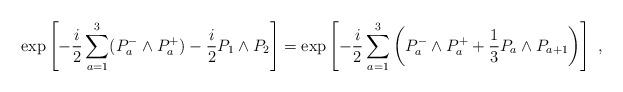
LaTeX: \begin{align*}\exp \left[ - \frac{i}{2} \sum_{a=1}^3 ( P_a^- \wedge P_a^+ ) - \frac{i}{2} P_1 \wedge P_2 \right]= \exp \left[ - \frac{i}{2} \sum_{a=1}^3 \left( P_a^- \wedge P_a^+ + \frac{1}{3} P_a \wedge P_{a+1}\right) \right] ~ ,\end{align*}